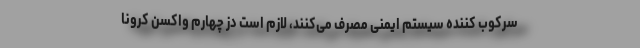
سرکوب کننده سیستم ایمنی مصرف می‌کنند، لازم است دُز چهارم واکسن کرونا